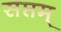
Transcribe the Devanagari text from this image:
सप्तम्‌